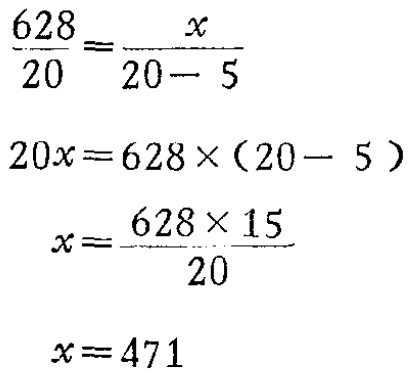
\[\begin{align*}
\frac{628}{20}&=\frac{x}{20 - 5}\\
20x&=628\times(20 - 5)\\
x&=\frac{628\times15}{20}\\
x&=471
\end{align*}\]